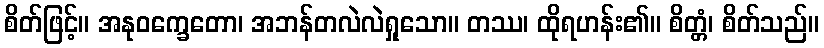
စိတ်ဖြင့်။ အနုဝက္ခေတော၊ အဘန်တလဲလဲရှုသော။ တဿ၊ ထိုရဟန်း၏။ စိတ္တံ၊ စိတ်သည်။